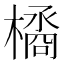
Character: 𣚹